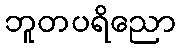
ဘူတပရိညော